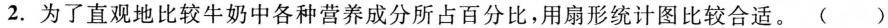
2. 为了直观地比较牛奶中各种营养成分所占百分比,用扇形统计图比较合适。（）